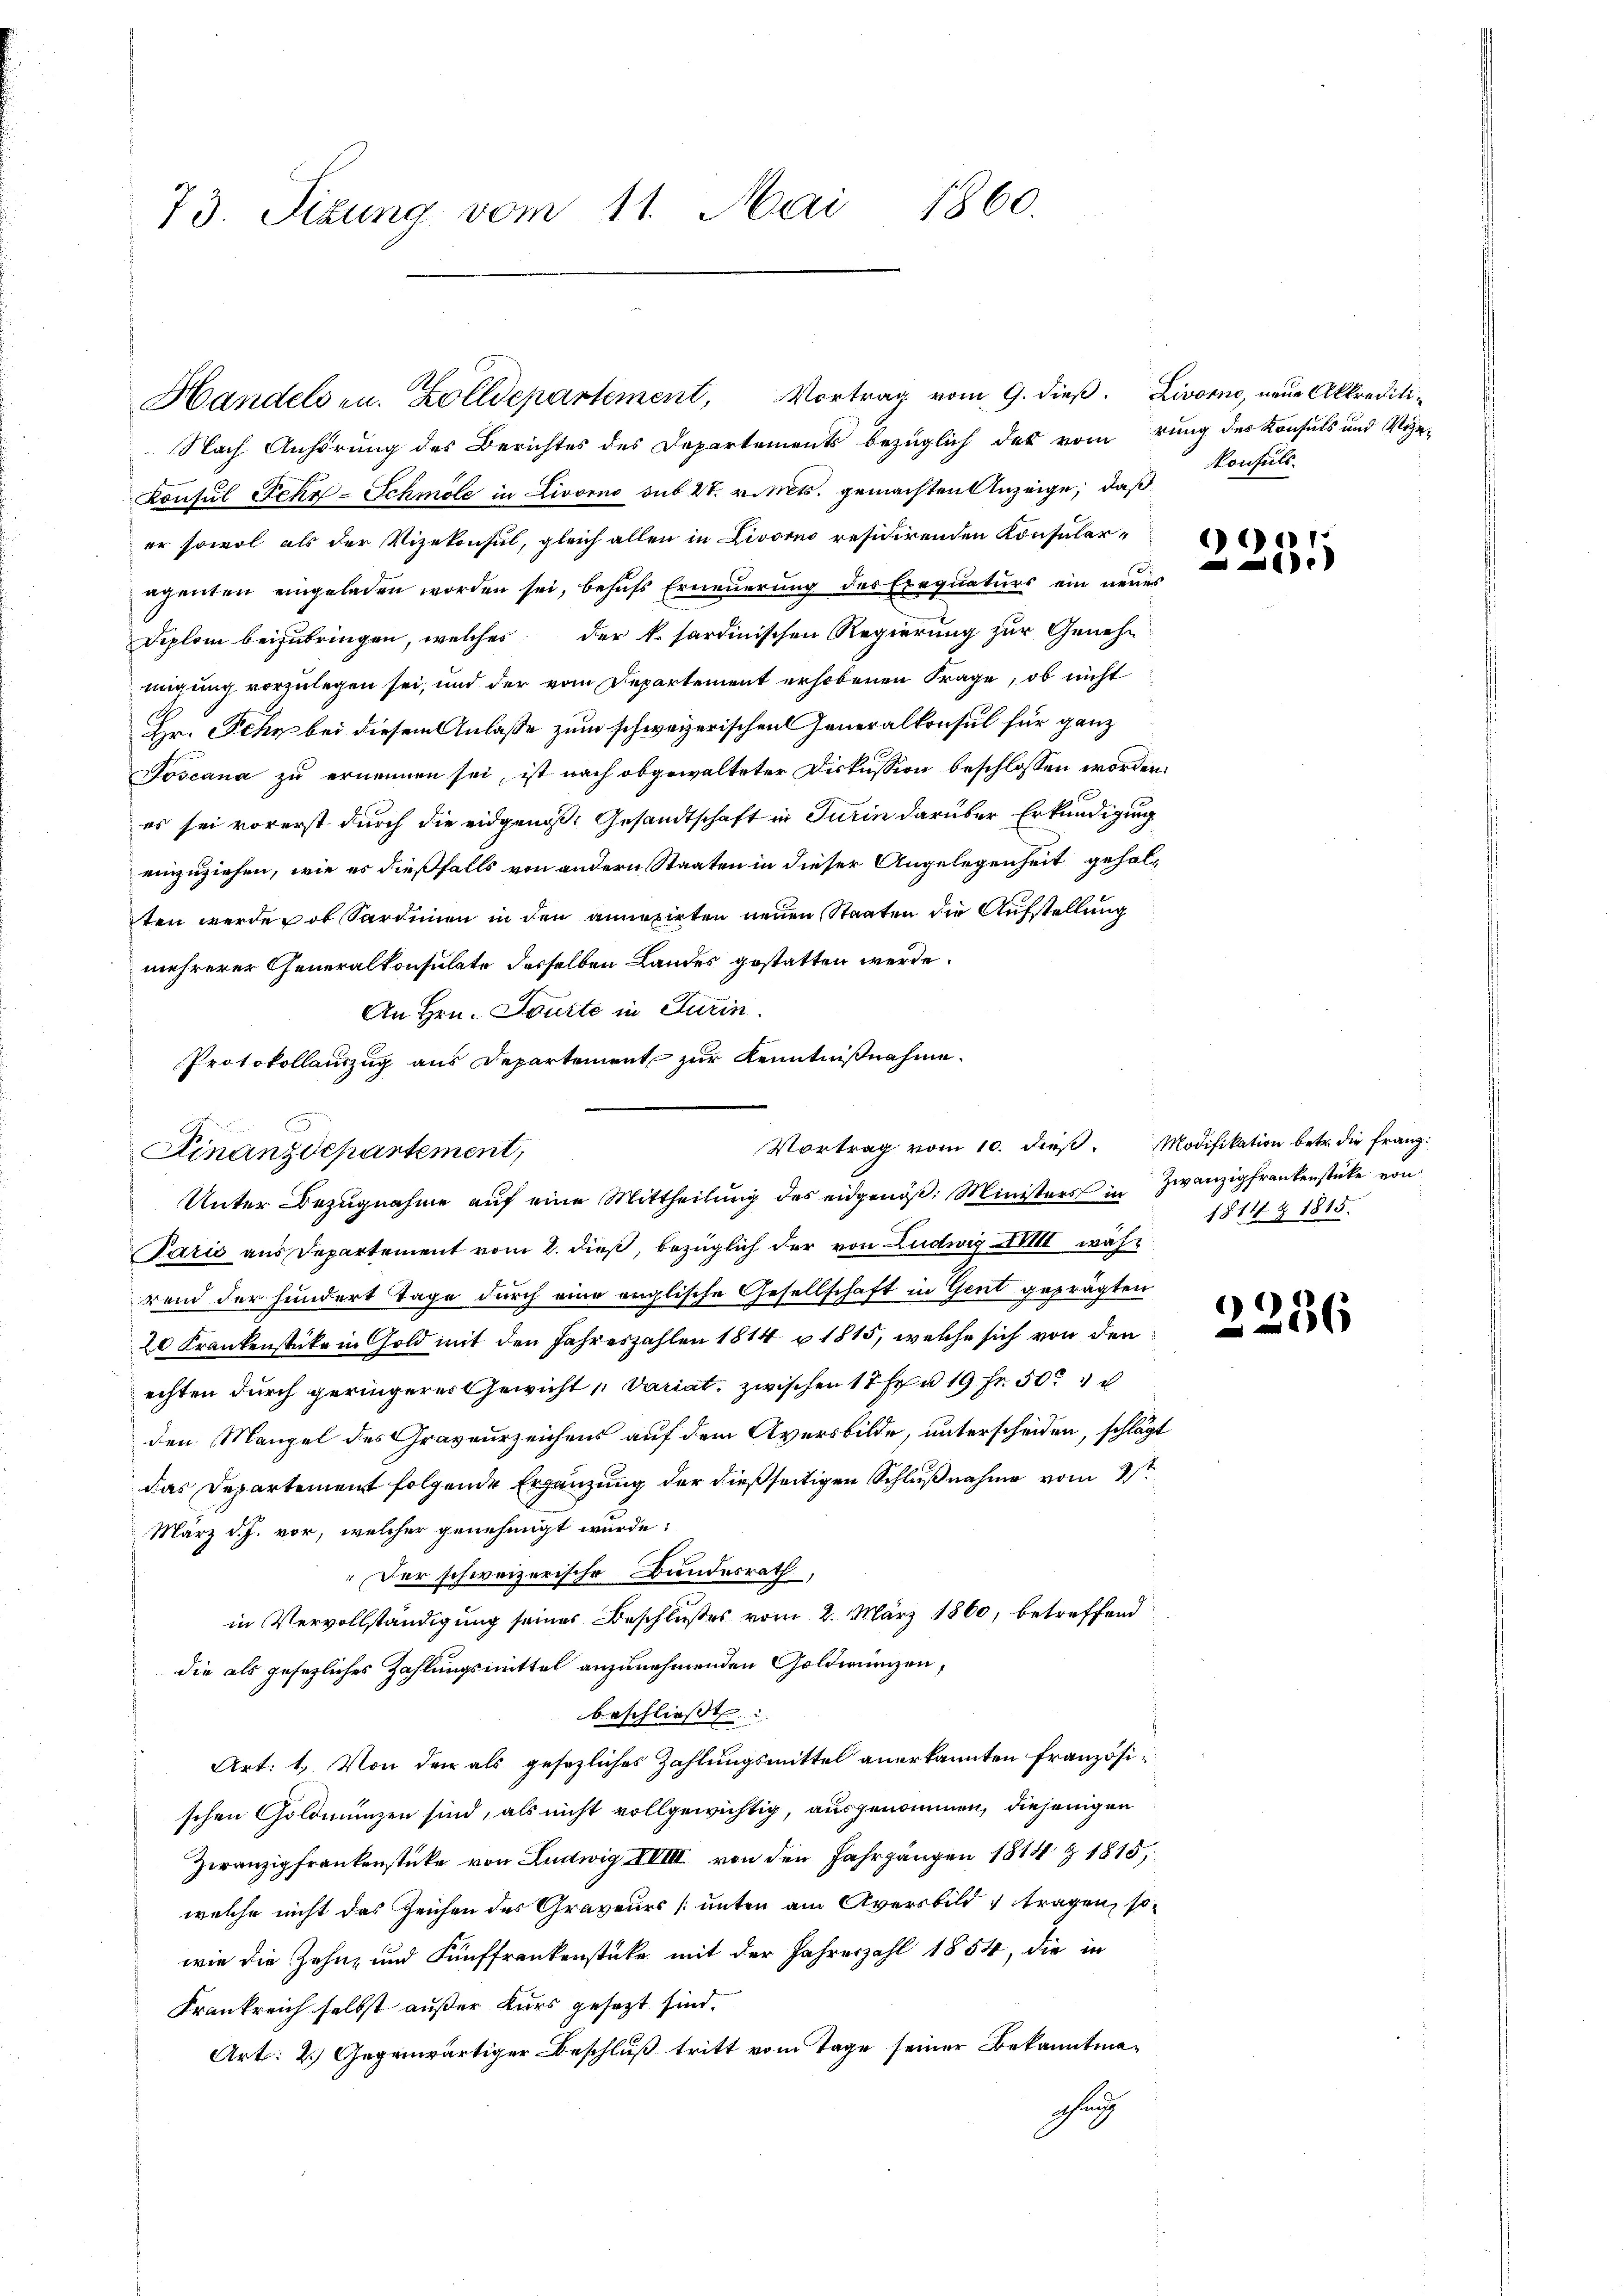
73. Sizung vom 11. Mai 1860.

S
Handelsen. Zolldepartement, Vortrag vom 9. dieß. Livorno, neue Akkrediti¬

Finanzdepartement,

Vortrag vom 10. dieβ. Modifikation betr. die Franz:

Nach Anhörung des Berichtes des Departements bezüglich das vom rung des Konsuls und Vize-
Konsul Fehr-Schmöle in Livorno sub 27. v. Mts. gemachten Anzeige, daß
er sowol als der Vizekonsul, gleich allen in Livorno residirenden Konsularagenten eingeladen worden sei, behŭfs Erneŭerŭng des Exequaturs ein neues
Diplom beizubringen, welches der k. sardinischen Regierung zur Geneh-
migung vorzulegen sei, und der vom Departement erhobenen Frage, ob nicht
Hr. Sehr bei diesem Anlasse zum schweizerischen Generalkonsul für ganz
Joscana zu ernennen sei, ist nach abgewalteter Diskussion beschlossen worden.
es sei vorerst durch die eidgenoß. Gesandtschaft in Turin darüber Erkundigung
einzuziehen, wie es dießfalls von andern Staaten in dieser Angelegenheit gehalten werde, ob Sardinien in den annexirten neuen Staaten die Aufstellung
mehrerer Generalkonsulate desselben Landes gestatten werde.
An Hrn. Tourte in Turin.
Protokollauszug aus Departement zur Kenntnißnahme
Unter Bezugnahme aŭf eine Mittheilŭng des eidgenöβ: Ministers in Zwanzigfrankenstücke von
Paris aus Departement vom 2. dieß, bezüglich der von Ludwig XVIII während der hundert Tage durch eine englische Gesellschaft in Gent geprägten
20 Frankenstücke in Gold mit den Jahreszahlen 1814 u. 1815, welche sich von den
echten durch geringeres Gewicht Variat, zwischen 17 Fr. u 19 Fr. 50.
den Mangel des Graveurzeichens auf dem Aversbilde, unterscheiden, schlägt
das Departement folgende Ergänzung der dießseitigen Schlußnahme vom 2ten
März d. J. vor, welcher genehmigt wurde:
Der schweizerische Bundesrath,
in Vervollständigung seiner Beschlußes vom 2. März 1860, betreffend
die als gesetzliches Zahlungsmittel anzunehmenden Goldmünzen,
beschließt:
Art: 1. Von den als gesezliches Zahlungsmittel anerkannten Französischen Goldmünzen sind, als nicht vollgewichtig, ausgenommen, diejenigen
Zwanzigfrankenstücke von Ludwig XVIII von den Jahrgängen 1814 § 1815,
welche nicht das Zeichen des Graveurs [unter am Aversbild u tragen, so
wie die Zehn- und Fünffrankenstüke mit der Jahreszahl 1854, die in
Frankreich selbst außer Kurs gesezt sind.
Art: 2.) Gegenwärtiger Beschluß tritt vom Tage seiner Bekanntmathung

Konsuls.

c
a

1814 § 1815.

2236